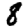
Digit: 8